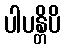
ပါပန္တိပိ